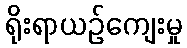
ရိုးရာယဉ်ကျေးမှု